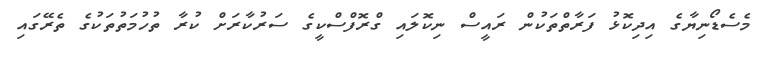
މެސެޑޯނިޔާގެ އިދިކޮޅު ފަރާތްތަކުން ރައީސް ނިކޮލައި ގްރޮފްސްކީގެ ސަރުކާރަށް ކުރާ ތުހުމަތުތަކުގެ ތެރޭގައި